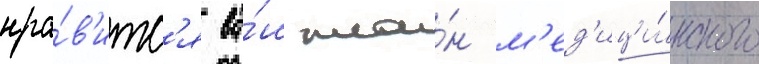
нра́в'итс'я ва́ш пла́н м'ед'ици́нского